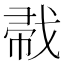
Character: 𱟜